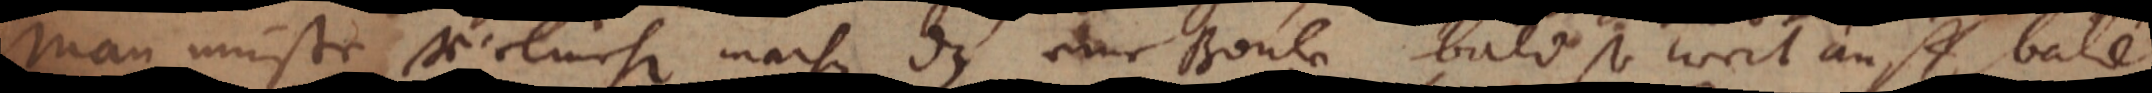
Man müste vielmehr machen daß eine Boule bald so weit auff, bald